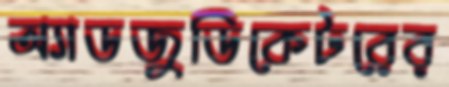
অ্যাডজুডিকেটরের